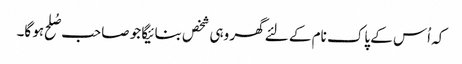
کہ اُس کے پاک نام کے لئے گھر وہی شخص بنائیگا جو صاحب صُلح ہو گا۔